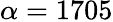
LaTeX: \alpha=1705